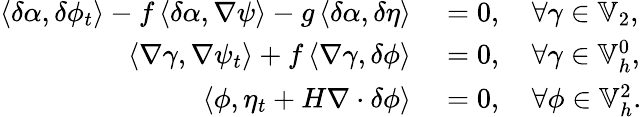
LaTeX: \begin{array}{rl}{\left\langle\delta\alpha,\delta\phi_{t}\right\rangle-f\left\langle\delta\alpha,\nabla\psi\right\rangle-g\left\langle\delta\alpha,\delta\eta\right\rangle}&{{}=0,\quad\forall\gamma\in\mathbb{V}_{2},}\\ {\left\langle\nabla\gamma,\nabla\psi_{t}\right\rangle+f\left\langle\nabla\gamma,\delta\phi\right\rangle}&{{}=0,\quad\forall\gamma\in\mathbb{V}_{h}^{0},}\\ {\left\langle\phi,\eta_{t}+H\nabla\cdot\delta\phi\right\rangle}&{{}=0,\quad\forall\phi\in\mathbb{V}_{h}^{2}.}\end{array}